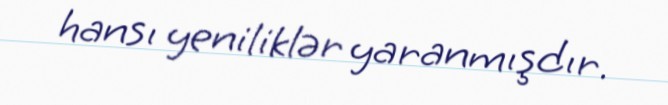
hansı yeniliklər yaranmışdır.